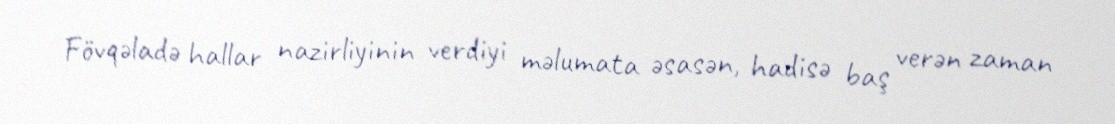
Fövqəladə hallar nazirliyinin verdiyi məlumata əsasən, hadisə baş verən zaman